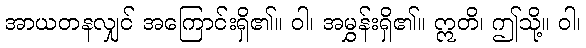
အာယတနလျှင် အကြောင်းရှိ၏။ ဝါ၊ အမွှန်းရှိ၏။ ဣတိ၊ ဤသို့။ ဝါ၊